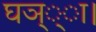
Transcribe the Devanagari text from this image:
घञ््‌ा।